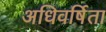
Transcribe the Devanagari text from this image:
अधिवर्षिता